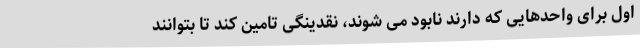
اول برای واحدهایی که دارند نابود می شوند، نقدینگی تامین کند تا بتوانند